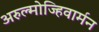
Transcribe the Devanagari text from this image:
अरुल्मोज्हिवार्मन